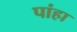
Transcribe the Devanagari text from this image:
पांहा